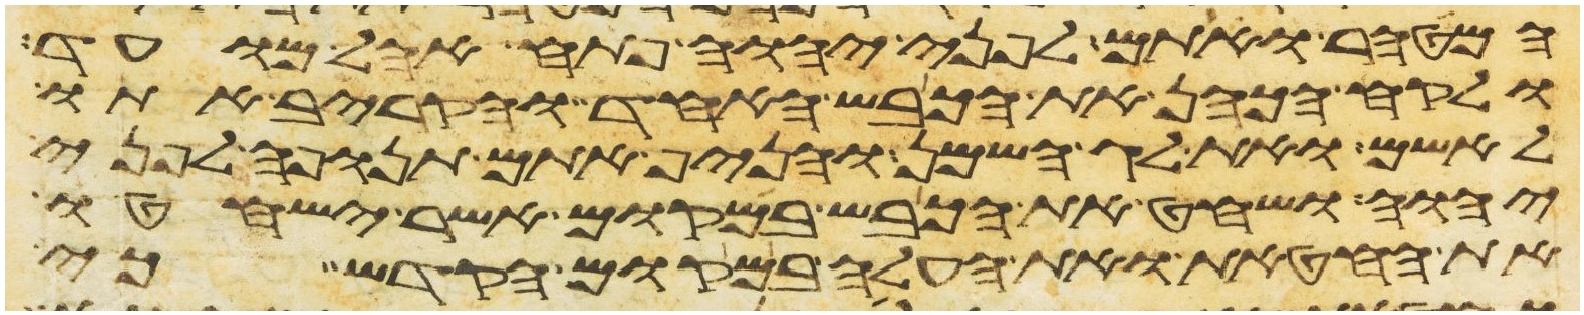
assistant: המטהר ואתם לפני יהוה פתח אהל מועד
ולקח הכהן את הכבש האחד והקריב אתו
לאשם ואת לג השמן והניף אתם תנופה לפני
יהוה ושחט את הכבש במקום אשר ישחטו
את החטאת ואת העלה במקום הקדש כי